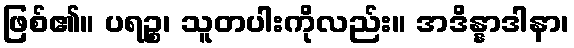
ဖြစ်၏။ ပရဉ္စ၊ သူတပါးကိုလည်း။ အဒိန္နာဒါနာ၊